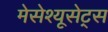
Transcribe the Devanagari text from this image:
मेसेश्यूसेट्स